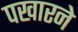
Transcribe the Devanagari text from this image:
पखारने